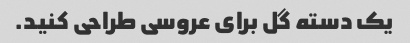
یک دسته گل برای عروسی طراحی کنید.